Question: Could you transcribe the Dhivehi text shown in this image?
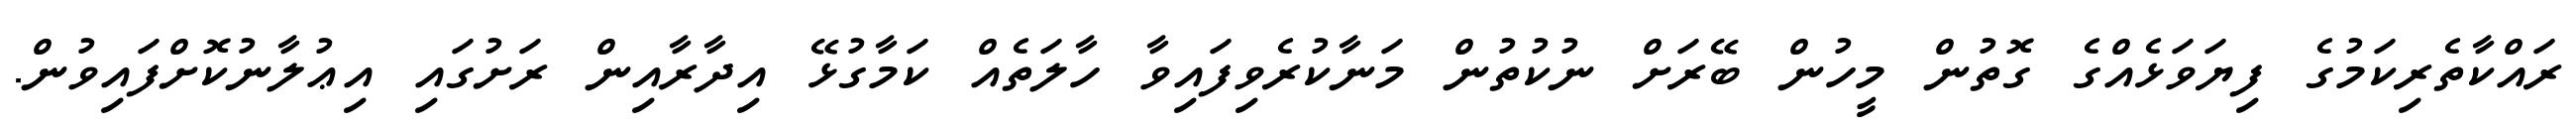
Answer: ރައްކާތެރިކަމުގެ ފިޔަވަޅެއްގެ ގޮތުން މީހުން ބޭރަށް ނުކުތުން މަނާކުރެވިފައިވާ ހާލަތެއް ކަމާގުޅޭ އިދާރާއިން ރަށުގައި އިޢުލާނުކޮށްފައިވުން.